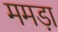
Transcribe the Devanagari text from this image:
ममड़ा